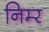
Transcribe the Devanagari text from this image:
निम्‍र